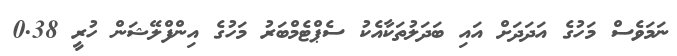
ނަމަވެސް މަހުގެ އަދަދަށް އައި ބަދަލުތަކާއެކު ސެޕްޓެމްބަރު މަހުގެ އިންފްލޭޝަން ހުރީ 0.38